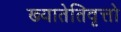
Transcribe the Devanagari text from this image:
ख्यातेतिवृत्तो